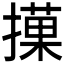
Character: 𢵵